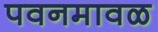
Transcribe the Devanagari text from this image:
पवनमावळ